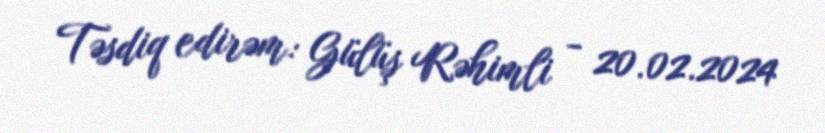
Təsdiq edirəm: Gülüş Rəhimli - 20.02.2024